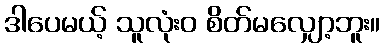
ဒါပေမယ့် သူလုံးဝ စိတ်မလျှော့ဘူး။